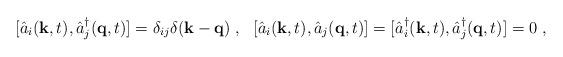
LaTeX: \begin{align*}[\hat{a}_i({\bf k},t),\hat{a}_j^\dag({\bf q},t)]=\delta_{ij}\delta({\bf k}-{\bf q})\;,~~[\hat{a}_i({\bf k},t),\hat{a}_j({\bf q},t)]=[\hat{a}_i^\dag({\bf k},t),\hat{a}_j^\dag({\bf q},t)]=0\;,\end{align*}